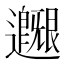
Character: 𨙐